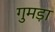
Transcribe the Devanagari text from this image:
गुमड़ा